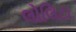
લોલિટા